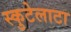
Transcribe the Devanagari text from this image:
स्कुटेलाटा